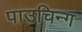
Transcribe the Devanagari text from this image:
पाउचिन्ग